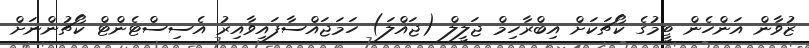
ޒުވާން އަންހެން ޓީމުގެ ކޯޗަކަށް އިބްރާހިމް ޖަލީލް (ޖައްލަ) ހަމަޖައްސާފައިވާއިރު އެސިސްޓެންޓް ކޯޗުންނަށް